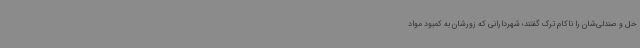
حل و صندلی‌شان را ناکام ترک گفتند؛ شهردارانی که زورشان به کمبود مواد